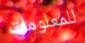
للمعلومات